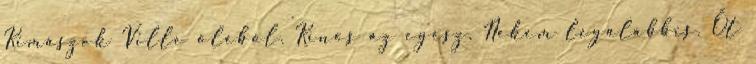
Kimászok Ville öléből. Kínos az egész. Nekem legalábbis. Őt